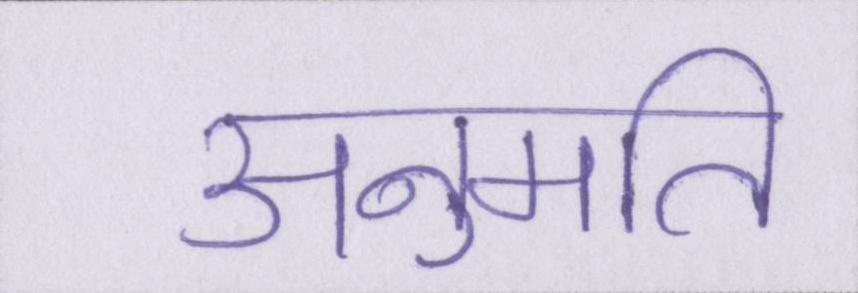
अनुमति